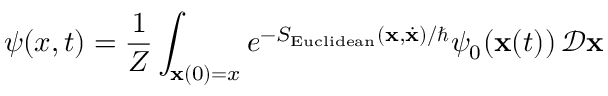
\psi ( x , t ) = { \frac { 1 } { Z } } \int _ { \mathbf { x } ( 0 ) = x } e ^ { - S _ { \mathrm { E u c l i d e a n } } ( \mathbf { x } , { \dot { \mathbf { x } } } ) / \hbar } \psi _ { 0 } ( \mathbf { x } ( t ) ) \, { \mathcal { D } } \mathbf { x }